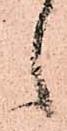
之